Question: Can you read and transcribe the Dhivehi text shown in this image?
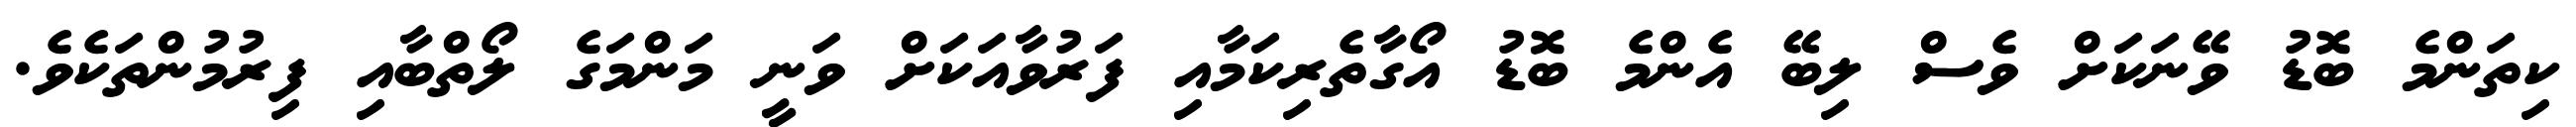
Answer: ކިތަންމެ ބޮޑު ވޭނަކަށް ވެސް ލިބޭ އެންމެ ބޮޑު އޯގާތެރިކަމާއި ފަރުވާއަކަށް ވަނީ މަންމަގެ ލޯތްބާއި ފިރުމުންތަކެވެ.